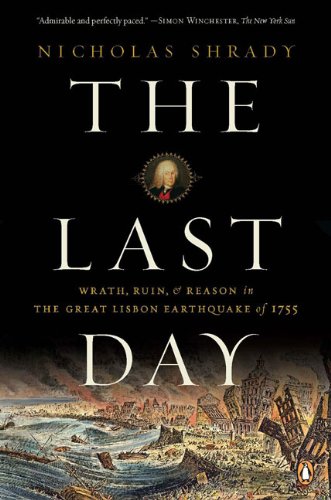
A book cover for The Last Day: Wrath, Ruin, and Reason in the Great Lisbon Earthquake of 1755; Nicholas Shrady; Science & Math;